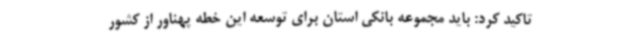
تاکید کرد: باید مجموعه بانکی استان برای توسعه این خطه پهناور از کشور